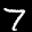
Label: 7